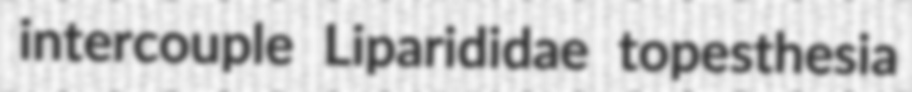
intercouple Liparididae topesthesia